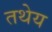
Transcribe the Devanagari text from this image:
तथेय